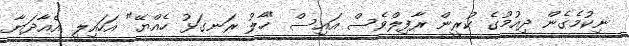
ނިކުމެގެން ދިއުމުގެ ކުރީން ރާފިލްވެސް އައިސް "ހާލު ރަނގަޅު ހެއްޔޭ" އަހައިލީ އެއާދަޔާ